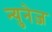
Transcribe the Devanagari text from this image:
न्युनेज़